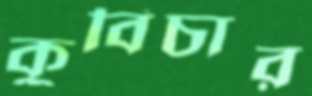
কুবিচার